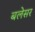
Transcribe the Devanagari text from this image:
बलेसर